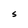
Character: S